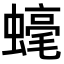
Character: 𧐢